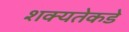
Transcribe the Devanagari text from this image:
शक्यतेकडे